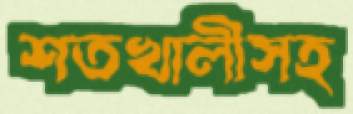
শতখালীসহ